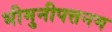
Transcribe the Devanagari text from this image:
भीमुनीपत्तनम